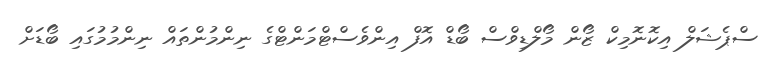
ސްޕެޝަލް އިކޮނޮމިކް ޒޯން މޯލްޑިވްސް ބޯޑް އޮފް އިންވެސްޓްމަންޓްގެ ނިންމުންތައް ނިންމުމުގައި ބޯޑަށް